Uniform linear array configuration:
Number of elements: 16
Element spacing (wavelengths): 0.25
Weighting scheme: blackman
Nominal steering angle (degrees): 0
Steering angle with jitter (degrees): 1.966
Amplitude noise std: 0.05
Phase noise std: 0.05

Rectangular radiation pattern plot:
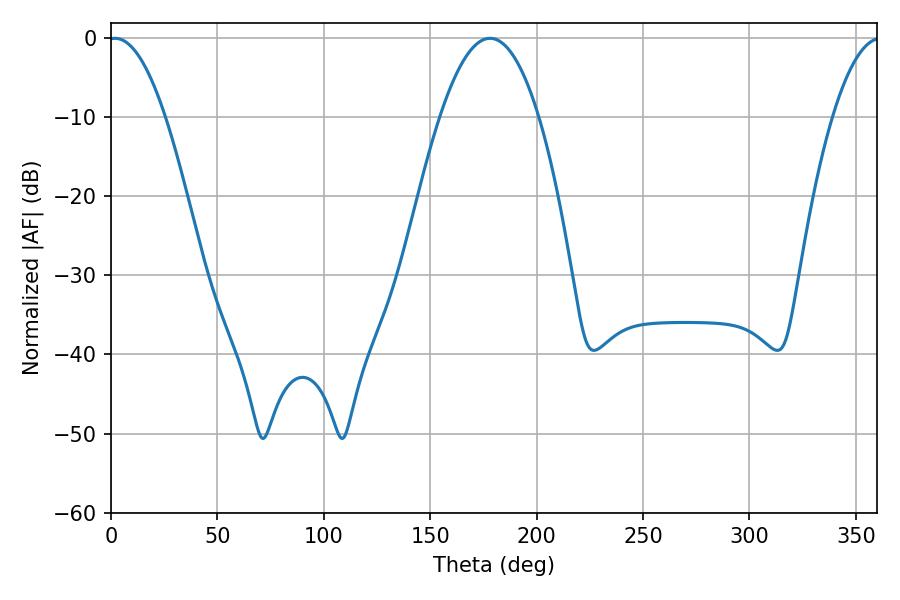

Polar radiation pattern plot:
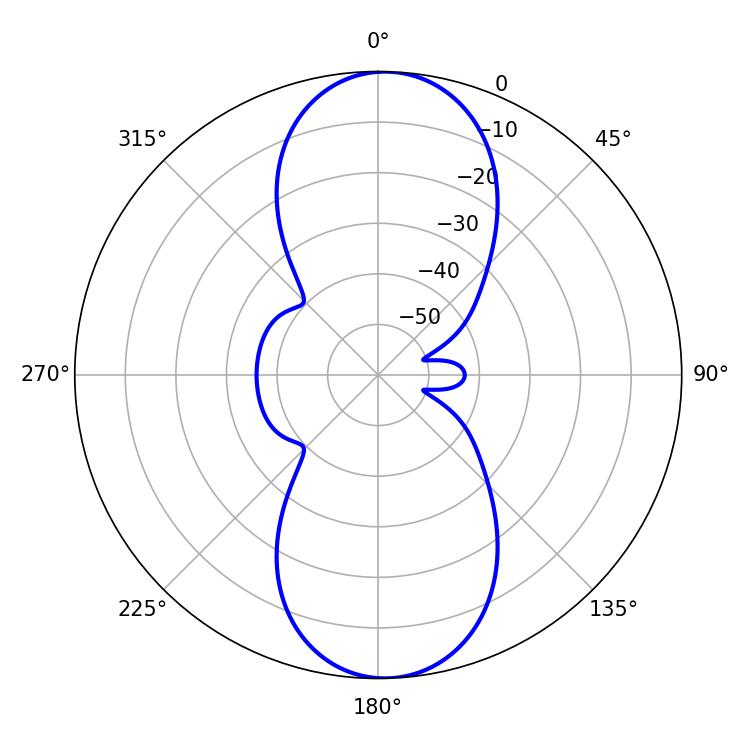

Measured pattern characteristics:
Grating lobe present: FALSE
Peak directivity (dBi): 17.557
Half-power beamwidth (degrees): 14.76
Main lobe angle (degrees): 1.98